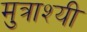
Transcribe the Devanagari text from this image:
मुत्राश्यी